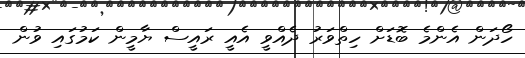
ހޯދަން އެންމެ ބޮޑަށް ހިތްވަރު ދެއްވީ އެއީ ރައީސް ޔާމީން ކަމުގައި ވުން